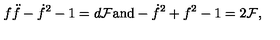
f \ddot { f } - \dot { f } ^ { 2 } - 1 = d { \cal F } \mathrm { a n d } - \dot { f } ^ { 2 } + f ^ { 2 } - 1 = 2 { \cal F } ,